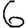
Digit: 6